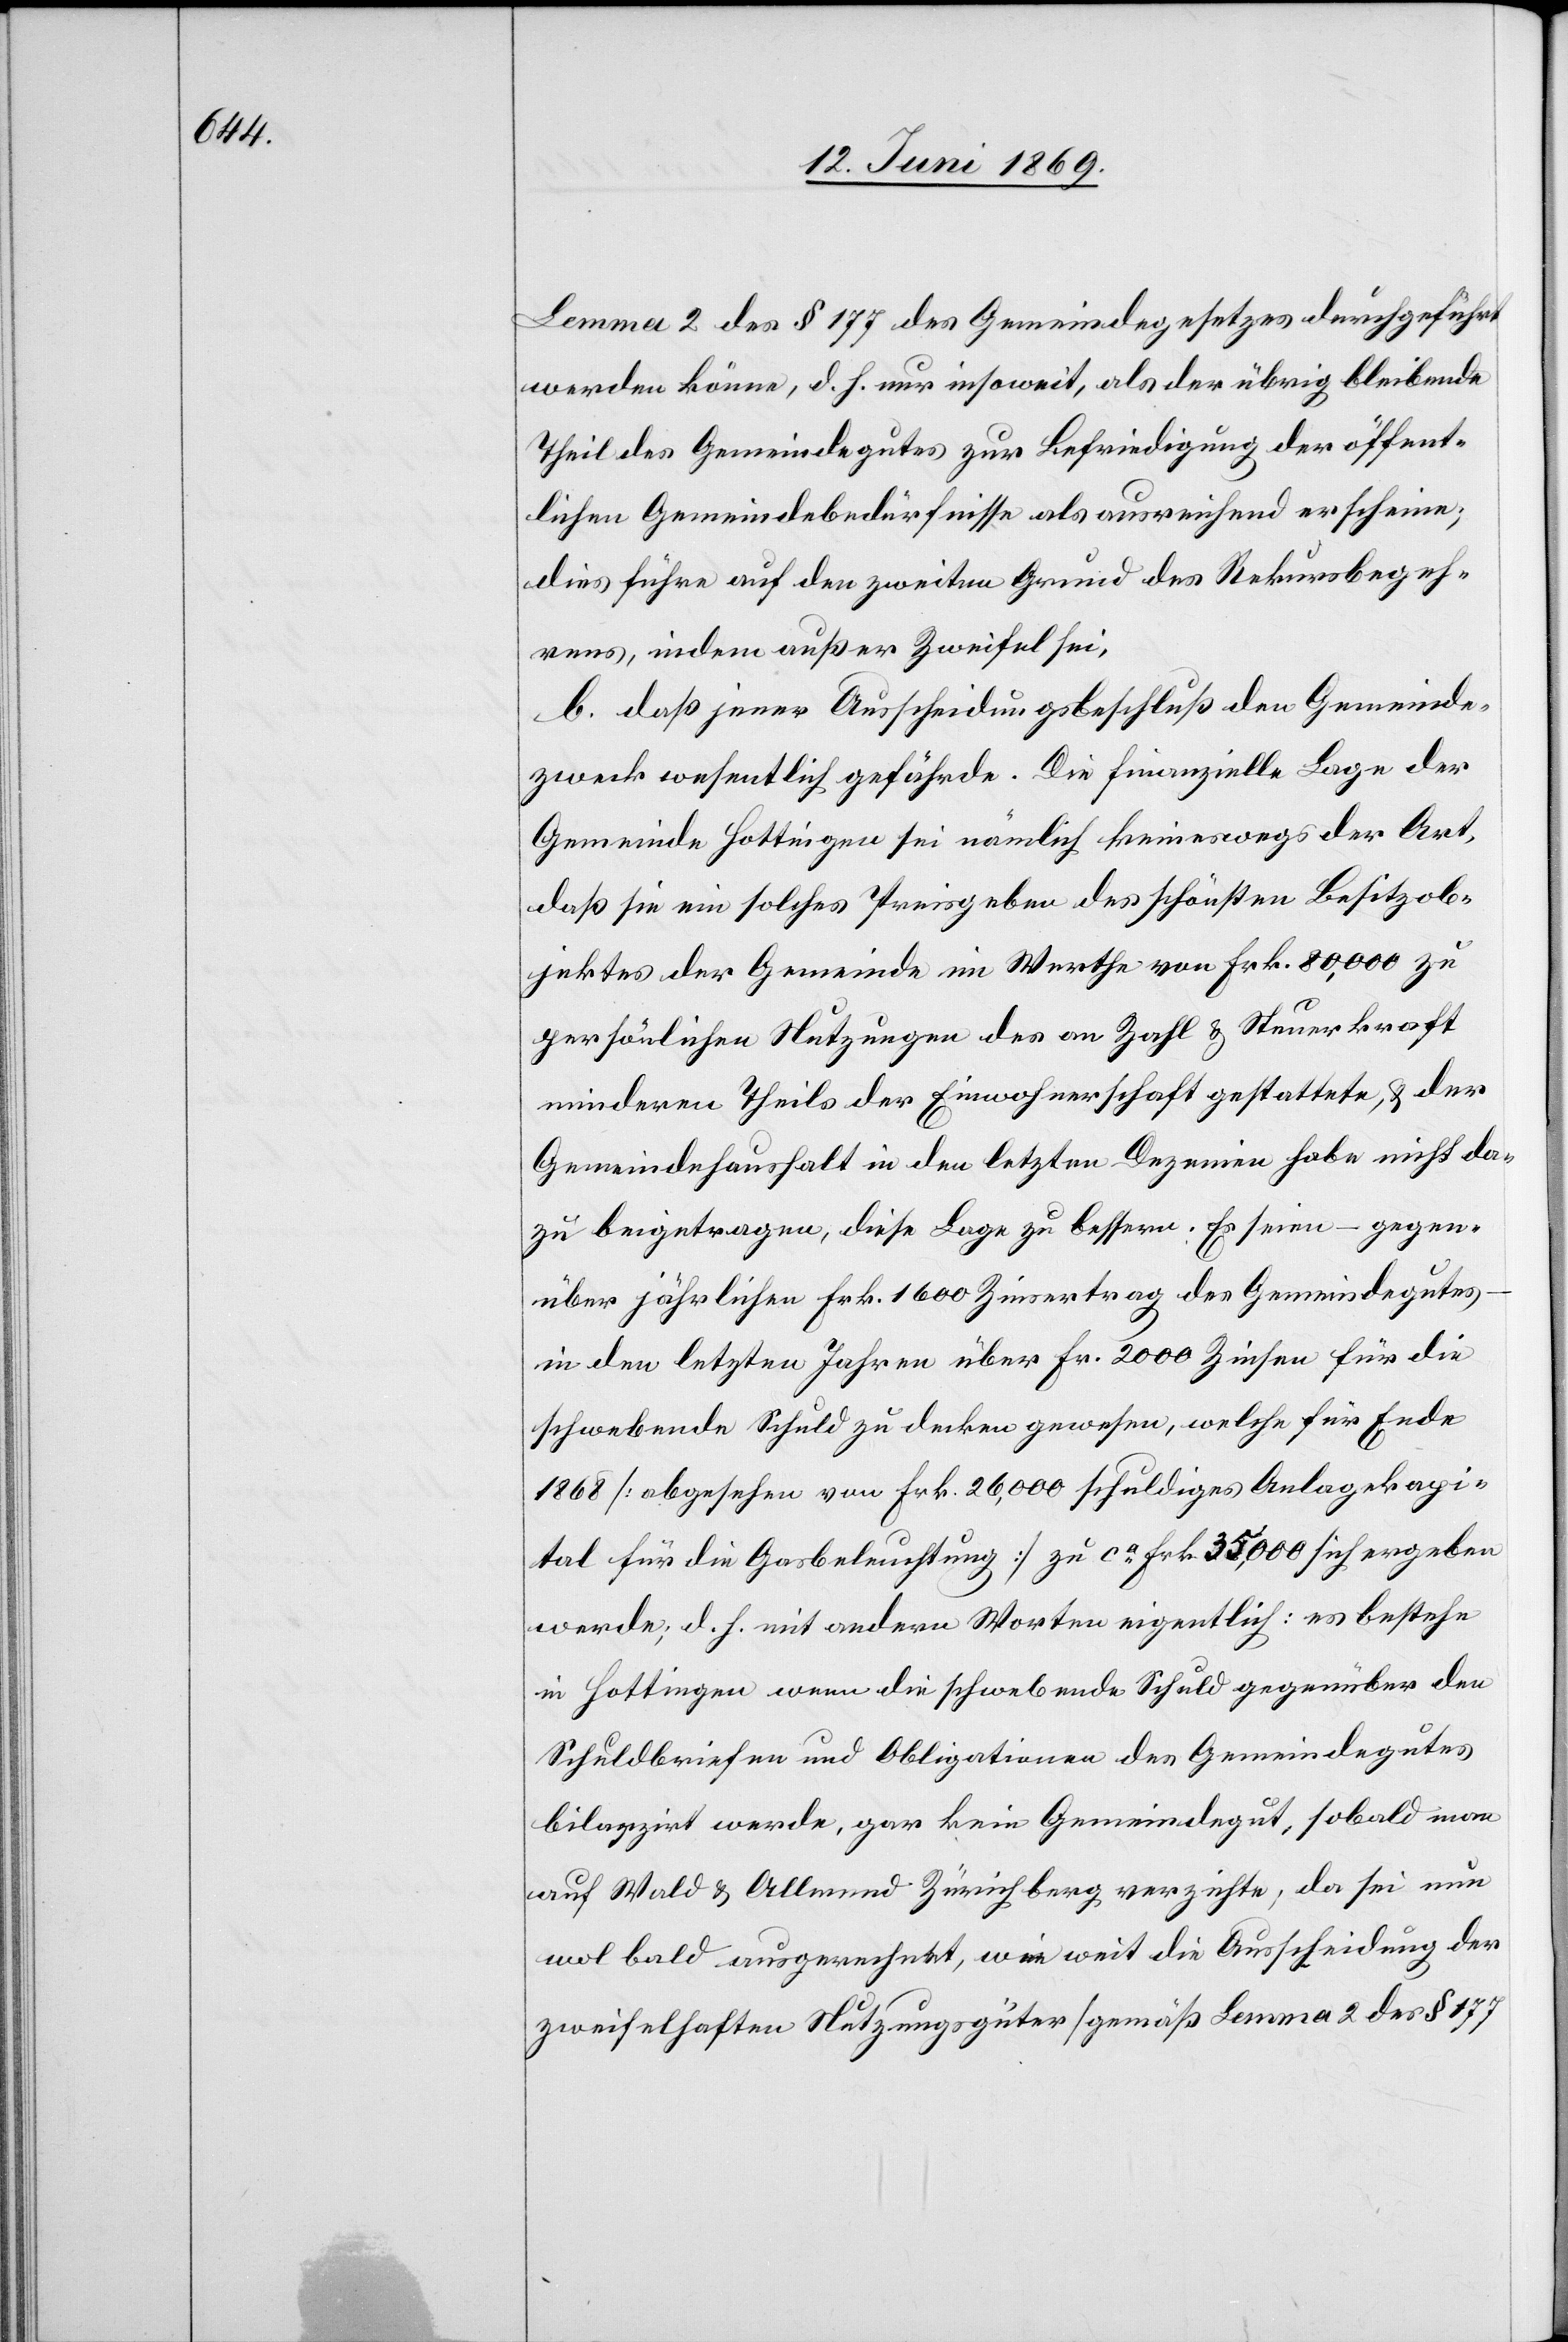
Lemma 2 des § 177 des Gemeindegesetzes durchgeführt
werden könne, d. h. nur insoweit, als der übrig bleibende
Theil des Gemeindgutes zur Befriedigung der öffent¬
lichen Gemeindebedürfnisse als ausreichend erscheine;
dies führe auf den zweiten Grund des Rekursbegeh¬
rens, indem außer Zweifel sei,
b. daß jener Ausscheidungsbeschluß den Gemeinde¬
zweck wesentlich gefährde. Die finanzielle Lage der
Gemeinde Hottingen sei nämlich keineswegs der Art,
daß sie ein solches Preisgeben des schönsten Besitzob¬
jektes der Gemeinde im Werthe von Frk. 80,000 zu
persönlichen Nutzungen des an Zahl u. Steuerkraft
mindern Theils der Einwohnerschaft gestattete, u. der
Gemeindehaushalt in den letzten Dezenien habe nicht da¬
zu beigetragen, diese Lage zu bessern. Es seien – gegen¬
über jährlichen Frk. 1600 Zinsertrag des Gemeindgutes
in den letzten Jahren über Fr. 2000 Zinsen für die
schwebende Schuld zu decken gewesen, welche für Ende
1868 [abgesehen von Frk. 26,000 schuldiges Anlagekapi¬
tal für die Gasbeleuchtung] zu ca Frk. 35,000 sich ergeben
werde; d. h. mit andern Worten eigentlich: es bestehe
in Hottingen wenn die schwebende Schuld gegenüber den
Schuldbriefen und Obligationen des Gemeindgutes
bilanzirt werde, gar kein Gemeindgut, sobald man
auf Wald u. Allmend Zürichberg verzichte, da sei nun
wol bald ausgerechnet, wie weit die Ausscheidung der
zweifelhaften Nutzungsgüter [gemäß Lemma 2 des § 177